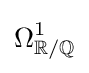
\Omega _{\mathbb {R} /\mathbb {Q} }^{1}